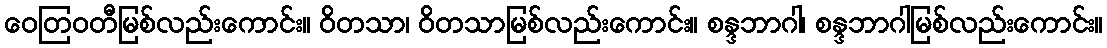
ဝေတြဝတီမြစ်လည်းကောင်း။ ဝိတသာ၊ ဝိတသာမြစ်လည်းကောင်း။ စန္ဒဘာဂါ၊ စန္ဒဘာဂါမြစ်လည်းကောင်း။